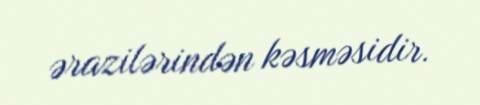
ərazilərindən kəsməsidir.